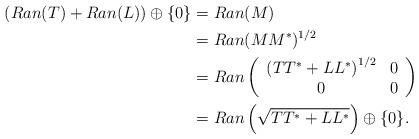
LaTeX: \begin{align*}( Ran(T)+Ran(L) ) \oplus \{0\}&=Ran(M)\\&=Ran(M M^{\ast})^{1 / 2}\\&=Ran\left(\begin{array}{cc}\left(TT^{*}+L L^{*}\right)^{1 / 2} & 0 \\0 & 0\end{array}\right)\\&=Ran\left(\sqrt{T T^{*}+LL^{*}}\right) \oplus\{0\} .\end{align*}